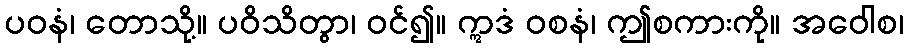
ပဝနံ၊ တောသို့။ ပဝိသိတွာ၊ ဝင်၍။ ဣဒံ ဝစနံ၊ ဤစကားကို။ အဝေါစ၊